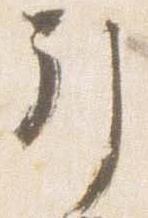
引